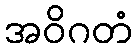
အဝိဂတံ